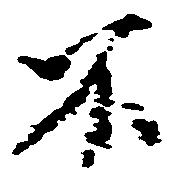
不